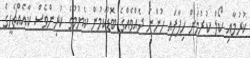
ކުރުމާއި ކޯލް ކުރުމަށް ހިފާފައި ހުންނަ ދެއްވެއްގެ ބޮޑުކަމުން ކެޔުމުގެ ކުރިންވެސް ކާއެއްޗެހީގެ